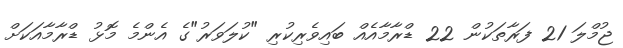
ޖުމްލަ 21 ފަރާތަކުން 22 ޑްރާމާއެއް ބައިވެރިކުރި "ކުލަވަރު"ގެ އެންމެ މޮޅު ޑްރާމާއަކަށް